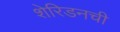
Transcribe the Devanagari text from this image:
शेरिडनची